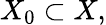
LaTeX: X_{0}\subset X,